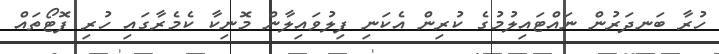
ހުރާ ބަނދަރުން ނައްޓައިލުމުގެ ކުރިން އެކަނި ފިލުވައިލާން މޮނިކާ ކެމެރާގައި ހުރި ފޮޓޯތައް